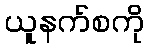
ယူနက်စကို